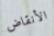
الأنقاض